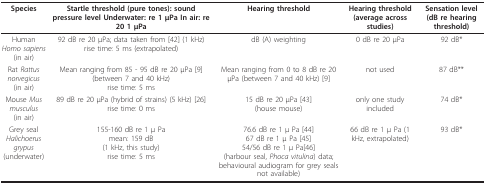
| Species | Startle threshold (pure tones): sound pressure level Underwater: re 1 μPa In air: re 20 1 μPa | Hearing threshold | Hearing threshold (average across studies) | Sensation level (dB re hearing threshold) |
 | --- | --- | --- | --- | --- |
 | Human Homo sapiens(in air) | 92 dB re 20 μPa; data taken from [42] (1 kHz)rise time: 5 ms (extrapolated) | dB (A) weighting | 0 dB re 20 μPa | 92 dB* |
 | Rat Rattus norvegicus(in air) | Mean ranging from 85 - 95 dB re 20 μPa [9] (between 7 and 40 kHz)rise time: 5 ms | Mean ranging from 0 to 8 dB re 20 μPa (between 7 and 40 kHz) [9] | not used | 87 dB** |
 | Mouse Mus musculus(in air) | 89 dB re 20 μPa (hybrid of strains) (5 kHz) [26]rise time: 0 ms | 15 dB re 20 μPa [43](house mouse) | only one study included | 74 dB* |
 | Grey seal Halichoerus grypus(underwater) | 155-160 dB re 1 μ Pamean: 159 dB(1 kHz, this study)rise time: 5 ms | 76.6 dB re 1 μ Pa [44]67 dB re 1 μ Pa [45]54/56 dB re 1 μ Pa[46](harbour seal, Phoca vitulina) data; behavioural audiogram for grey seals not available) | 66 dB re 1 μ Pa (1 kHz, extrapolated) | 93 dB* |